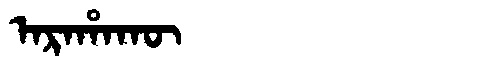
Manchu: ᠠᡵᠠᡥᠠᡴᡡ
Romanization: ARAHAKŪ